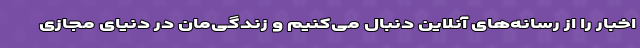
اخبار را از رسانه‌های آنلاین دنبال می‌کنیم و زندگی‌مان در دنیای مجازی